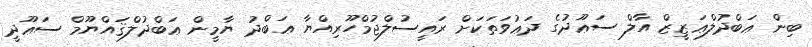
ބިން ޢަބްދުލްޢަޒީޒް އާލް ސަޢޫދުގެ ދަޢުވަތަކަށް ރައީސުލްޖުމްހޫރިއްޔާ ޢަބްދު ޔާމީން ޢަބްދުލްޤައްޔޫމް ސަޢޫދީ